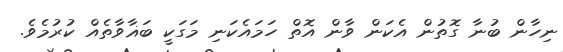
ނިހާން ބުނާ ގޮތުން އެކަން ވާން އޮތް ހަމައެކަނި މަގަކީ ބަޣާވާތެއް ކުރުމެވެ.